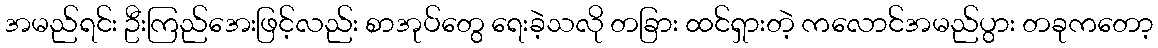
အမည်ရင်း ဦးကြည်အေးဖြင့်လည်း စာအုပ်တွေ ရေးခဲ့သလို တခြား ထင်ရှားတဲ့ ကလောင်အမည်ပွား တခုကတော့